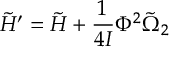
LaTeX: \tilde { H } ^ { \prime } = \tilde { H } + \frac { 1 } { 4 { \cal I } } \Phi ^ { 2 } \tilde { \Omega } _ { 2 }